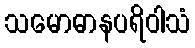
သမောဓာနပရိဝါသံ